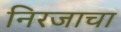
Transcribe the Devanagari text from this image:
निरजाचा